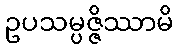
ဥပသမ္ပဇ္ဇိဿာမိ